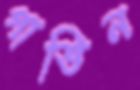
গাভিন